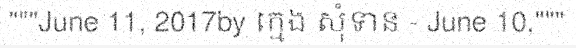
"""June 11, 2017by ក្មេង សុំទាន - June 10,"""